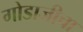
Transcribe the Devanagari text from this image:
गोडाजीचा